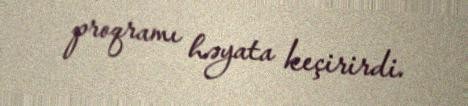
proqramı həyata keçirirdi.